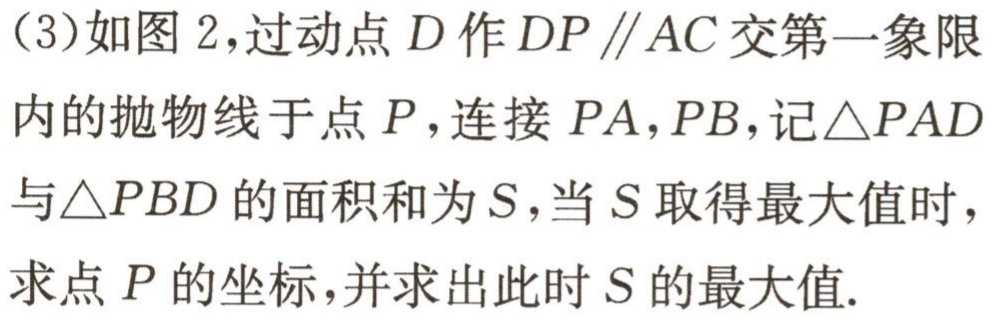
（3）如图 2，过动点 \(D\) 作 \(DP\parallel AC\) 交第一象限内的抛物线于点 \(P\)，连接 \(PA\)，\(PB\)，记\(\triangle PAD\)与\(\triangle PBD\)的面积和为 \(S\)，当 \(S\) 取得最大值时，求点 \(P\) 的坐标，并求出此时 \(S\) 的最大值.